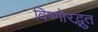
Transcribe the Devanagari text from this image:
विष्णोरद्भुत